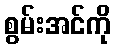
စွမ်းအင်ကို